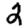
Digit: 2